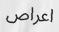
اعراص